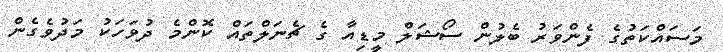
މަސައްކަތުގެ ފެންވަރު ބެލުން ސޯޝަލް މީޑިއާ ގެ ޗެނަލްތައް ކޮންމެ ދުވަހަކު މަދުވެގެން